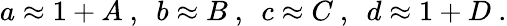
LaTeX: a\approx 1+A~,~~b\approx B~,~~c\approx C~,~~d\approx 1+D~.